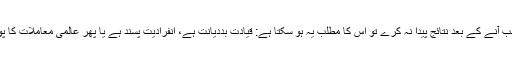
اگر نیا سیاسی نظام غالب آنے کے بعد نتائج پیدا نہ کرے تو اس کا مطلب یہ ہو سکتا ہے: قیادت بددیانت ہے، انفرادیت پسند ہے یا پھر عالمی معاملات کا پورا شعور نہیں رکھتی۔